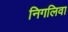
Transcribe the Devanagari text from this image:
निगलिवा